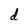
Character: d